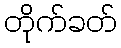
တိုက်ခတ်